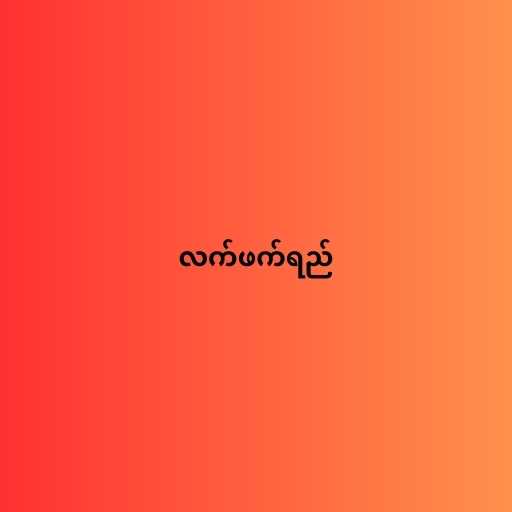
လက်ဖက်ရည်